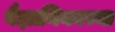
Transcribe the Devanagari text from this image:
वैज्ञानिकाच्या